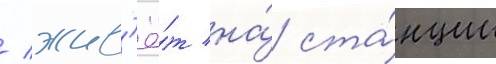
/ жив'ё́т на́ ста́нции